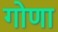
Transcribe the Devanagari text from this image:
गोणा